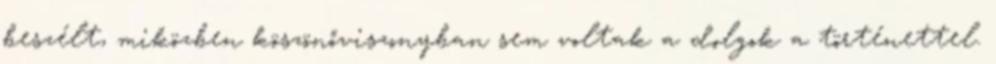
beszélt, miközben köszönőviszonyban sem voltak a dolgok a történettel.